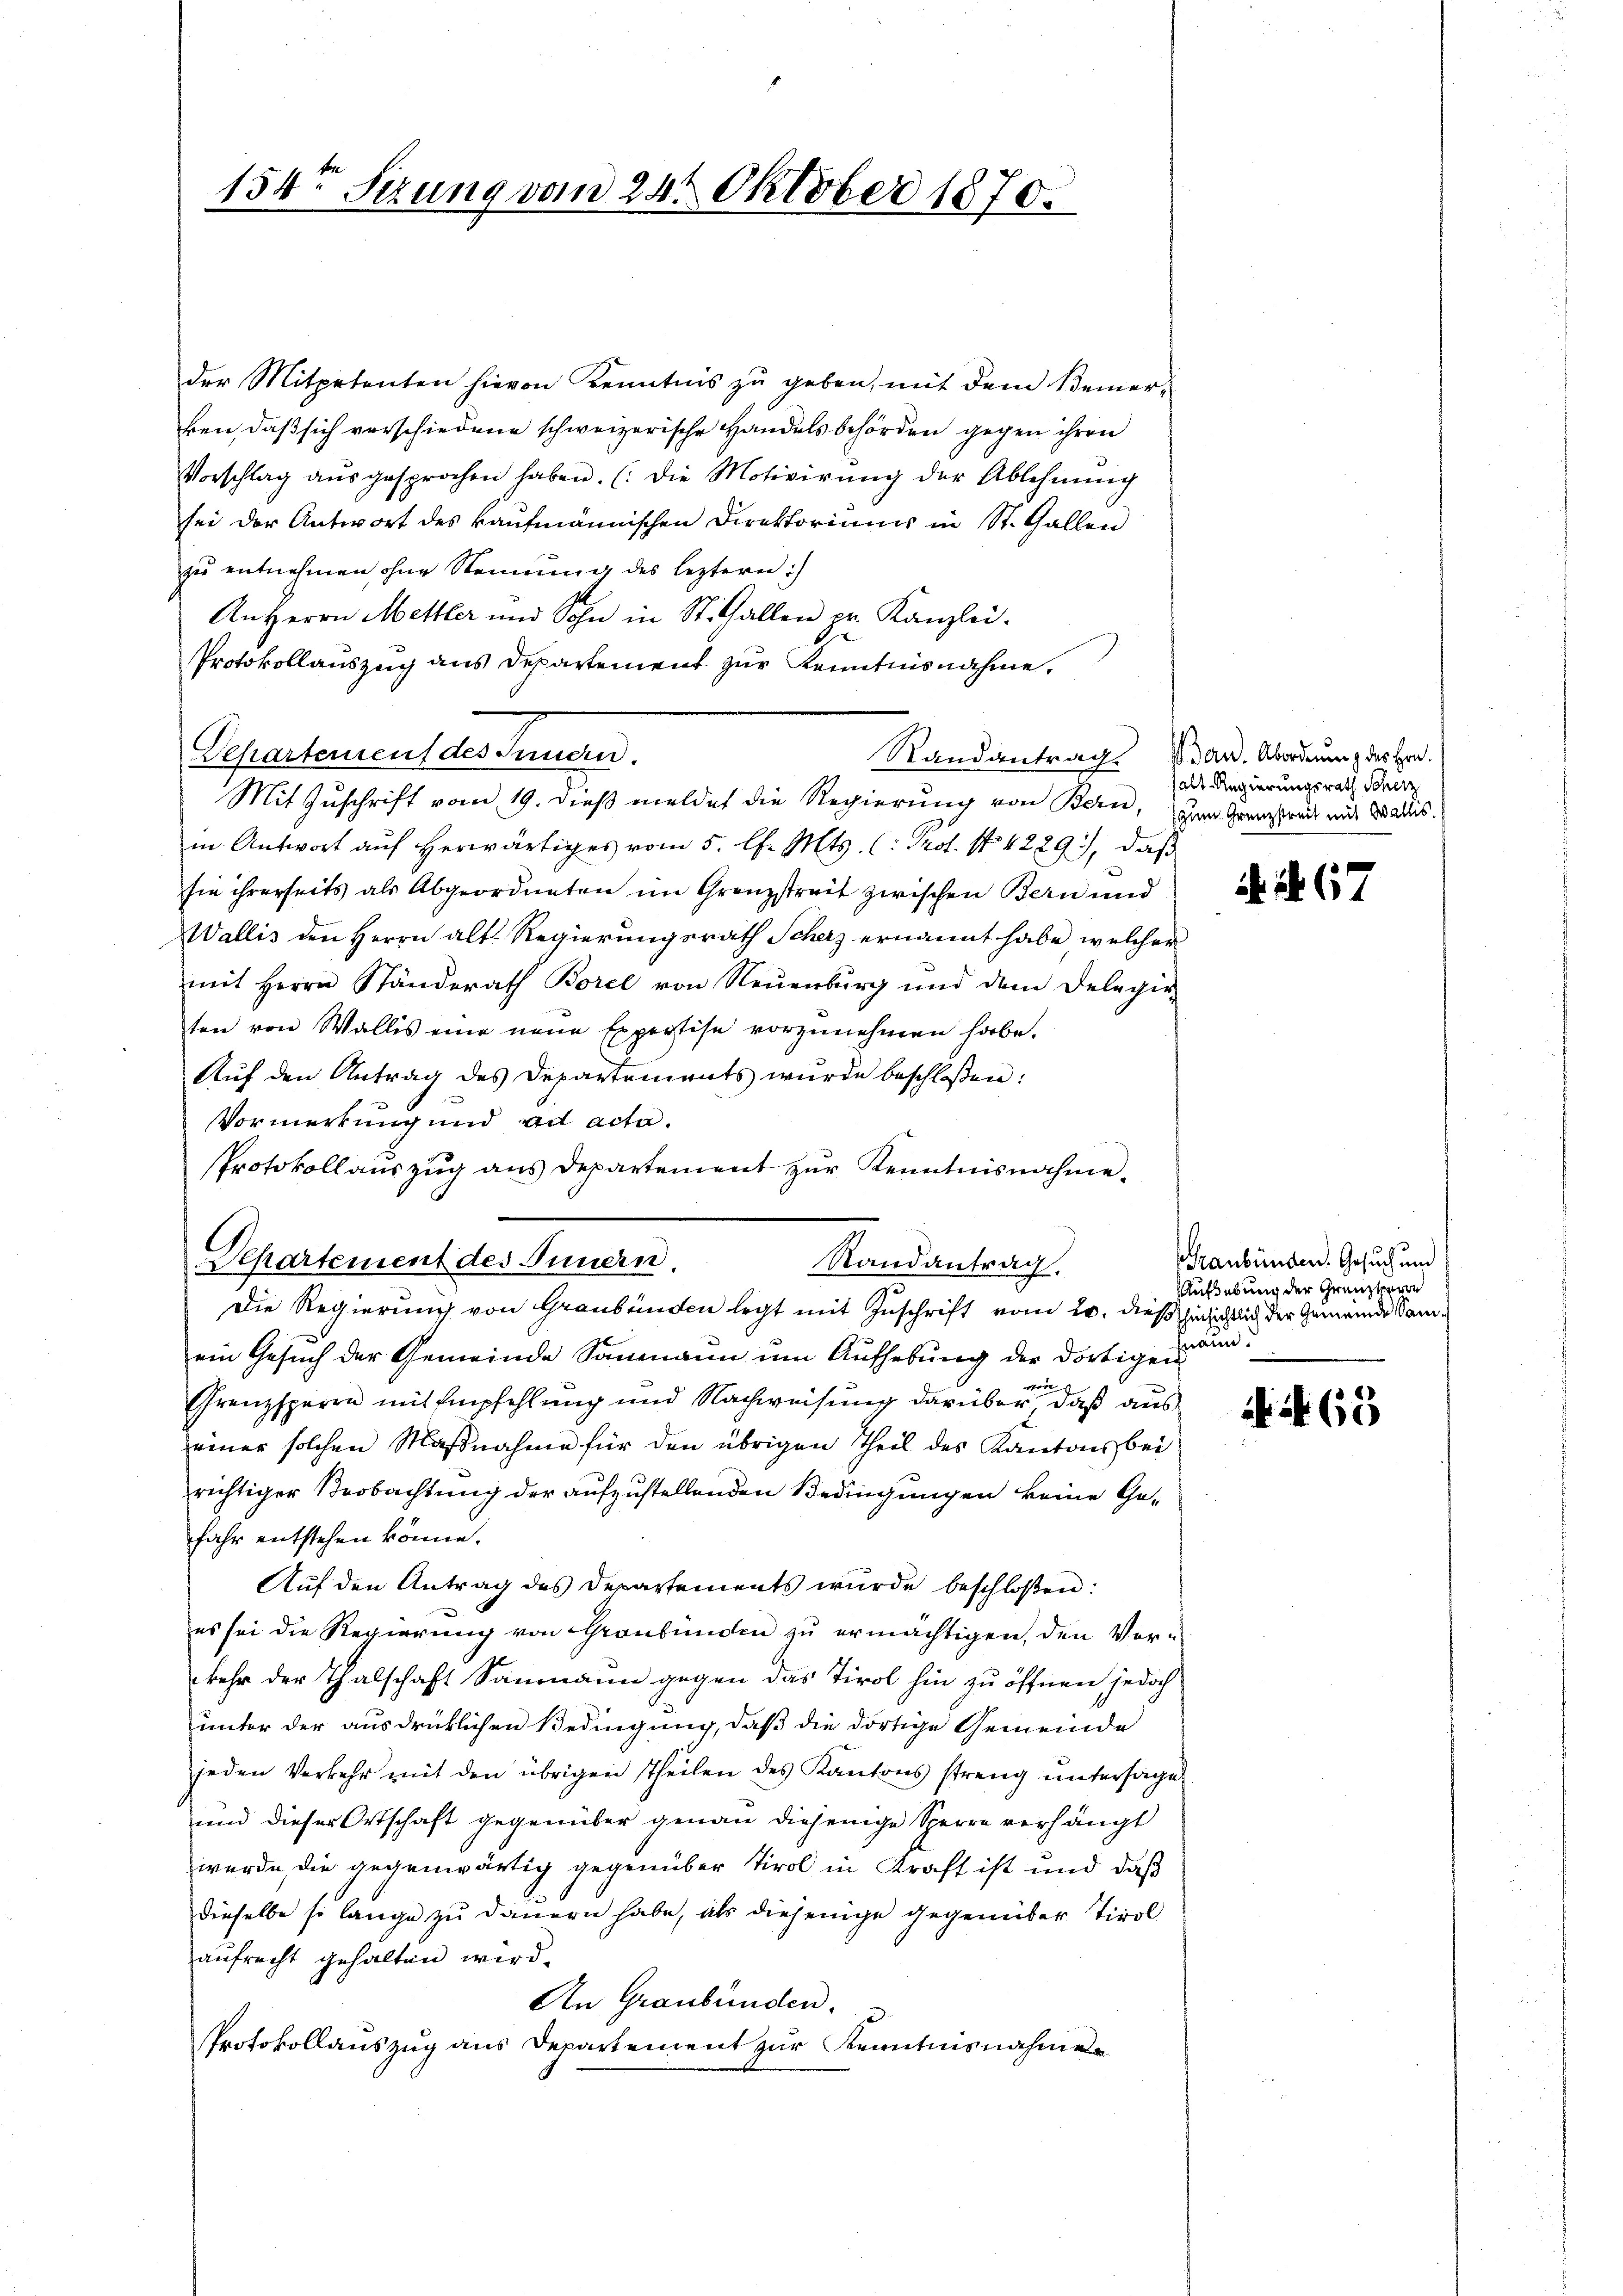
154ten Sizung vom 24t Oktober 1870.

der Mitpetenten hievon Kenntnis zu geben, mit dem Beinerken, daß sich verschiedene schweizerische Handelsbehörden gegen ihren
Vorschlag aŭsgesprochen haben. (Die Motivirŭng der Ablehnŭng
sei der Antwort des kaufmännischen Direktoriums in St. Gallen
zu entnehmen ohne Steinung des leztern
An Herrn Mettler und Sohn in St. Gallen pr. Kanzlei.
Protokollauszug aus Departement zur Kenntnisnahme,
Departement des Innern.
Mit Zuschrift vom 19. dieß meldet die Regierung von Bern, zum Grenzstract mit Wallis.
in Antwort auf herwärtiges vom 5. l. Mts. (: Prot. N. 4289), daß
sie ihrerseits als Abgeordneten im Grenzstreit zwischen Bern und
Wallis den Herrn alt. Regierungsrath Scherz ernannt habe, welcher
mit Herrn Ständerath Borel von Neuenburg und dem Delegir-
ten von Wallis eine neue Expertise vorzŭnehmen habe.
Auf den Antrag des Departements wurde beschloßen:
Vormerkung und ad acta.
e
Protokollauszug aus Departement zur Kenntnisnahme.
Departement des Innern.
Die Regierung von Graubünden legt mit Zuschrift vom 20. dieß hinsichtlich der Gemeinde Samein Gesuch der Gemeinde Sammann um Aufhebung der dortigen
vor
Grenzsperre mit Empfehlung und Nachweisung darüber, daß aus
einer solchen Maßnahme für den übrigen Theil des Kantons bei
richtiger Beobachtung der aufzustellenden Bedingungen keine Gefahr entstehen könne.
Auf den Antrag des Departements wurde beschloßen:
es sei die Regierung von Graubünden zu ermächtigen, den Verkehr der Thalschaft Saumann gegen das Tirol hin zu öffnen jedoch
unter der ausdrücklichen Bedingung, daß die dortige Gemeinde
jeden Verkehr mit den übrigen Theilen des Kantons streng untersage
und dieser Ortschaft gegenüber genau diejenige Sperre verhängt
wurde, die gegenwärtig gegenüber Tirol in Kraft ist und daß
dieselbe so lange zu dauern habe, als diejenige gegenüber Tirol
aufrecht gehalten wird.
An Graubünden.
Protokollauszug aus Departement zur Kenntnisnahmen

Randantrag.

Randantrag an. Abordnung des Hrn.

alt-Regierungsrath Scherz

. 67

Graubünden. Gesuch und
Aufhebung der Grenzverre
haun.

2 No 65